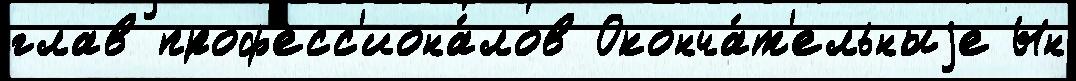
глав проф'есс'иона́лов Оконча́т'ельныjе Ын